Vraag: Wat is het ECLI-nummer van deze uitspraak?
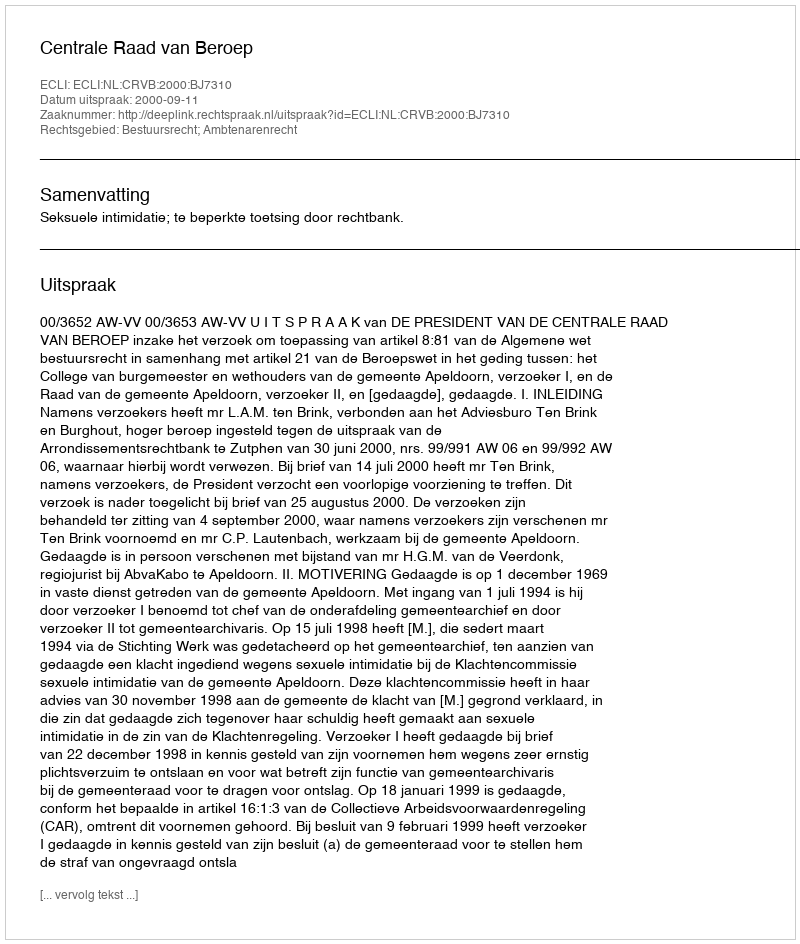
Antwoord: ECLI:NL:CRVB:2000:BJ7310